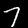
Label: 7